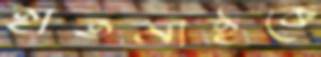
হাতমাইকে